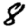
Digit: 8